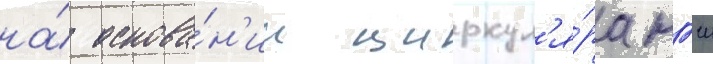
на́ основа́н'ии циркул'я́ра нгш